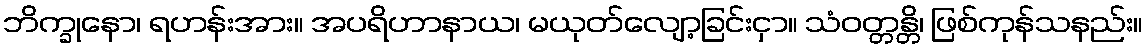
ဘိက္ခုနော၊ ရဟန်းအား။ အပရိဟာနာယ၊ မယုတ်လျော့ခြင်းငှာ။ သံဝတ္တန္တိ၊ ဖြစ်ကုန်သနည်း။